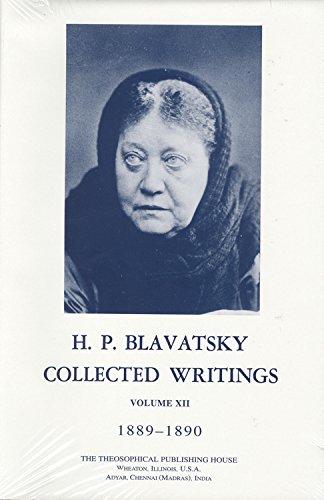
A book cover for H.P. Blavatsky Collected Writings, Volume XII 1889-1890; H. P. Blavatsky; Religion & Spirituality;